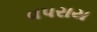
વપરાય